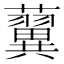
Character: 𧃟